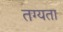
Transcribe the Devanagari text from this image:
तग्यता